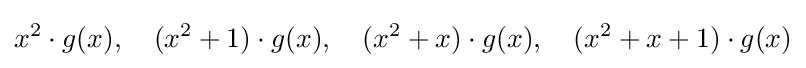
x^{2}\cdot g(x),\quad (x^{2}+1)\cdot g(x),\quad (x^{2}+x)\cdot g(x),\quad (x^{2}+x+1)\cdot g(x)